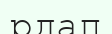
рдап